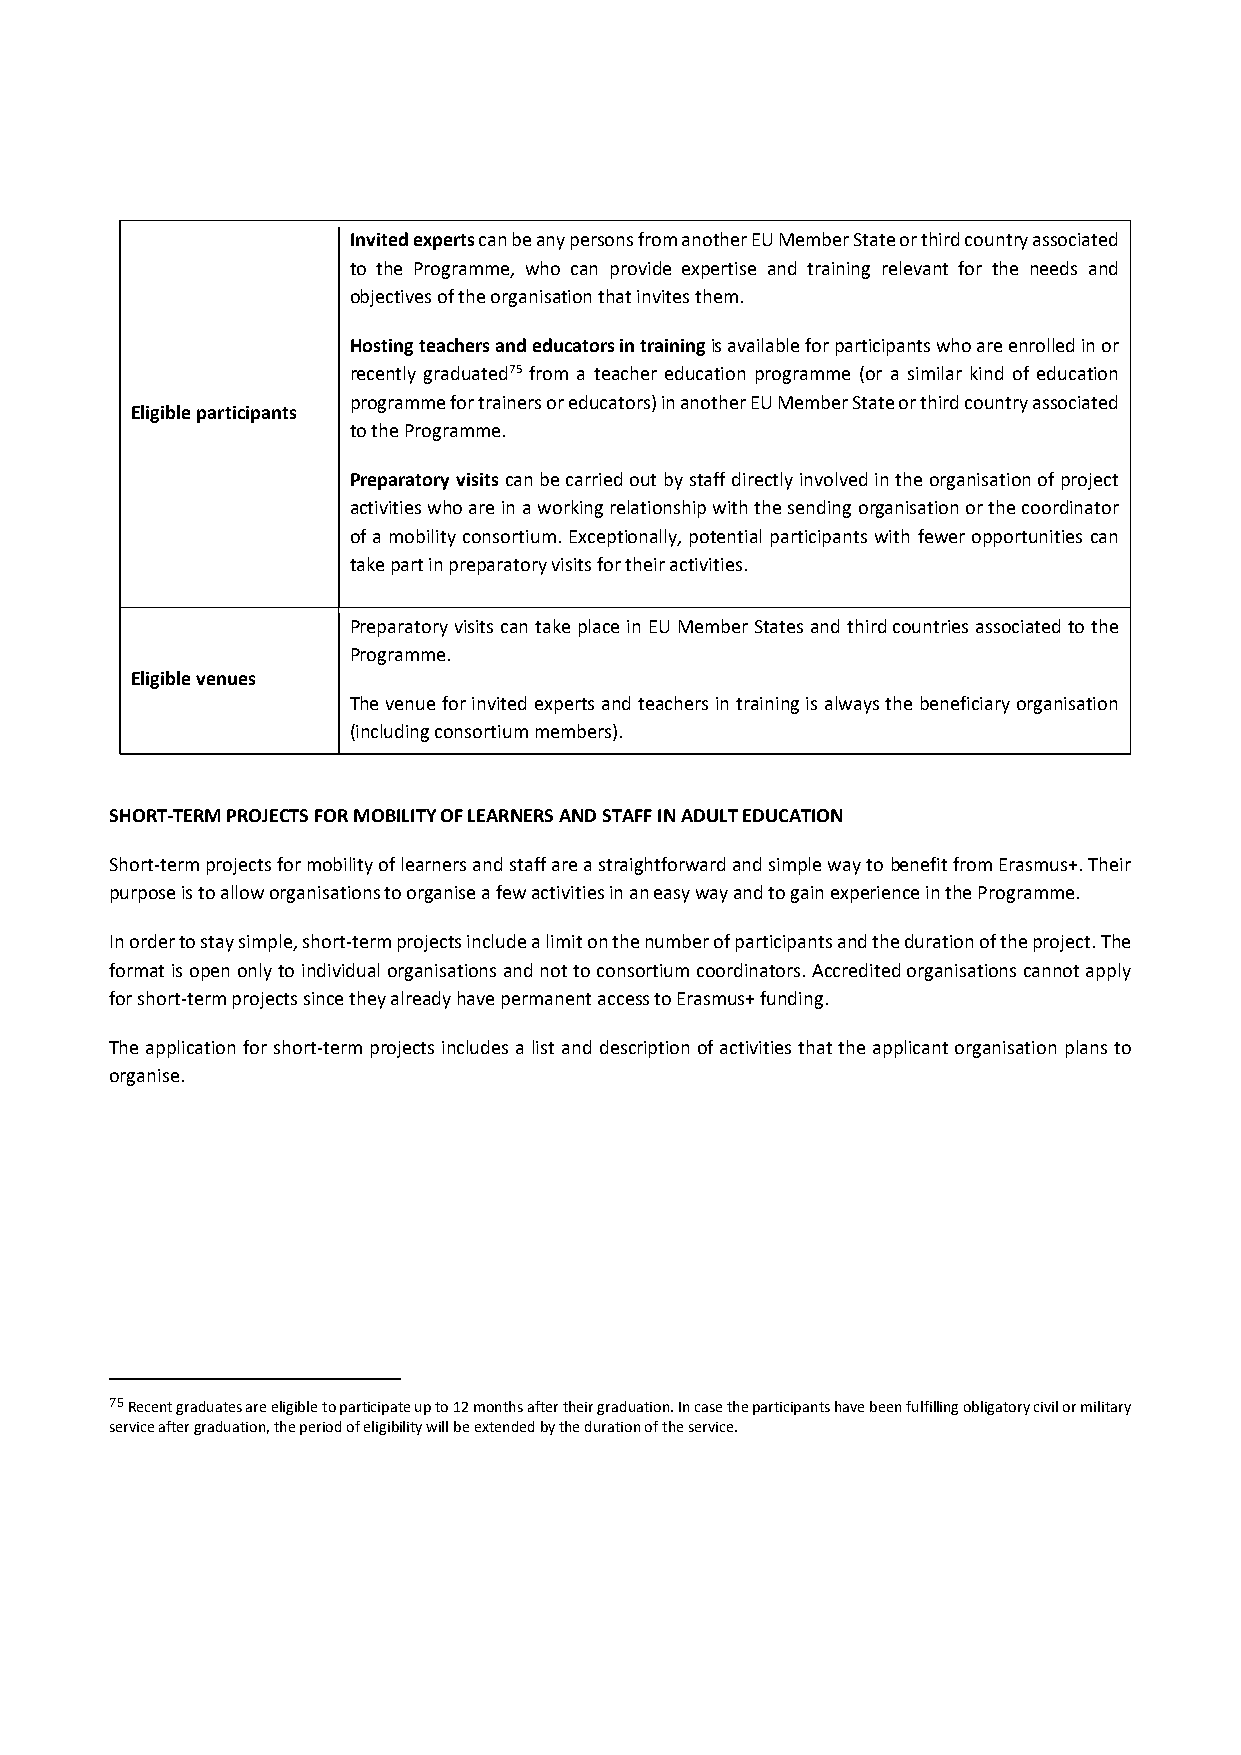
Invited experts can be any persons from another EU Member State or third country associated
 to the Programme, who can provide expertise and training relevant for the needs and
 objectives of the organisation that invites them.
 Hosting teachers and educators in training is available for participants who are enrolled in or
 recently graduated75 from a teacher education programme (or a similar kind of education
 programme for trainers or educators) in another EU Member State or third country associated
 Eligible participants
 to the Programme.
 Preparatory visits can be carried out by staff directly involved in the organisation of project
 activities who are in a working relationship with the sending organisation or the coordinator
 of a mobility consortium. Exceptionally, potential participants with fewer opportunities can
 take part in preparatory visits for their activities.
 Preparatory visits can take place in EU Member States and third countries associated to the
 Programme.
 Eligible venues
 The venue for invited experts and teachers in training is always the beneficiary organisation
 (including consortium members).
 SHORT‐TERM PROJECTS FOR MOBILITY OF LEARNERS AND STAFF IN ADULT EDUCATION
 Short‐term projects for mobility of learners and staff are a straightforward and simple way to benefit from Erasmus+. Their
 purpose is to allow organisations to organise a few activities in an easy way and to gain experience in the Programme.
 In order to stay simple, short‐term projects include a limit on the number of participants and the duration of the project. The
 format is open only to individual organisations and not to consortium coordinators. Accredited organisations cannot apply
 for short‐term projects since they already have permanent access to Erasmus+ funding.
 The application for short‐term projects includes a list and description of activities that the applicant organisation plans to
 organise.
 75 Recent graduates are eligible to participate up to 12 months after their graduation. In case the participants have been fulfilling obligatory civil or military
 service after graduation, the period of eligibility will be extended by the duration of the service.